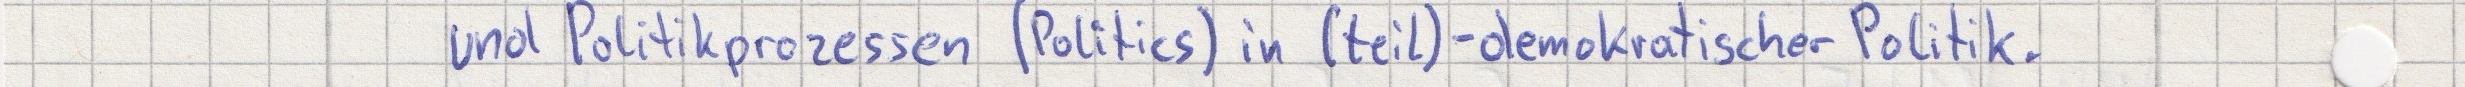
und Politikprozessen (Politics) in (teil)-demokratischer Politik.